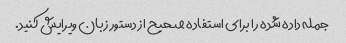
جمله داده شده را برای استفاده صحیح از دستور زبان ویرایش کنید.